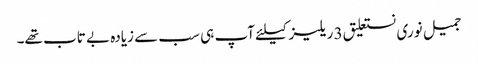
جمیل نوری نستعلیق 3 ریلیز کیلئے آپ ہی سب سے زیادہ بے تاب تھے۔